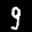
Label: 9